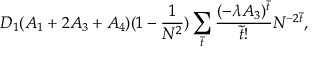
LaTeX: D _ { 1 } ( A _ { 1 } + 2 A _ { 3 } + A _ { 4 } ) ( 1 - \frac { 1 } { N ^ { 2 } } ) \sum _ { \tilde { t } } \frac { ( - \lambda A _ { 3 } ) ^ { \tilde { t } } } { \tilde { t } ! } N ^ { - 2 \tilde { t } } ,